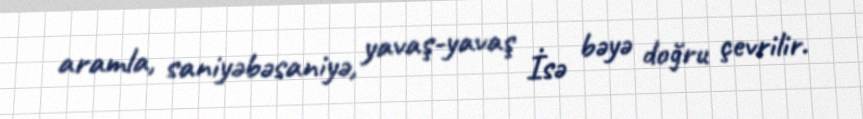
aramla, saniyəbəsaniyə, yavaş-yavaş İsə bəyə doğru çevrilir.